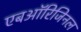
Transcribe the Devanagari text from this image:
एबऑरिजिनल